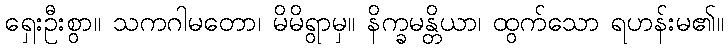
ရှေးဦးစွာ။ သကဂါမတော၊ မိမိရွာမှ။ နိက္ခမန္တိယာ၊ ထွက်သော ရဟန်းမ၏။